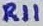
Text: R11